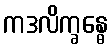
ကဒလိက္ခန္ဓေ